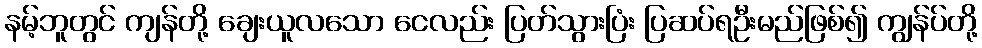
နမ့်ဘူတွင် ကျန်တို့ ချေးယူလသော ငေလည်း ပြတ်သွားပြံး ပြဆပ်ရဦးမည်ဖြစ်၍ ကျွန်ပ်တို့